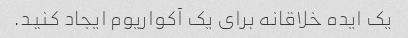
یک ایده خلاقانه برای یک آکواریوم ایجاد کنید.